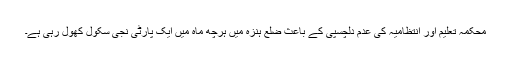
محکمہ تعلیم اور انتظامیہ کی عدم دلچسپی کے باعث ضلع ہنزہ میں ہرچھ ماہ میں ایک پارٹی نجی سکول کھول رہی ہے۔